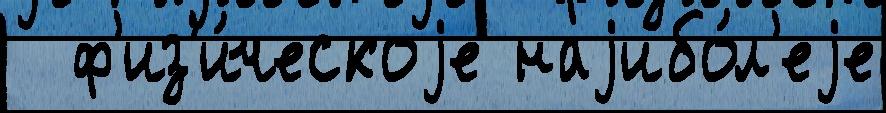
  ф'из'и́ческоjе наjибо́л'еjе